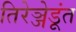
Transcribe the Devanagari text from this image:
तिरेञ्जेडूंत